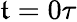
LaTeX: \mathfrak{t}=0\tau